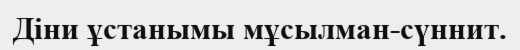
Діни ұстанымы мұсылман-сүннит.